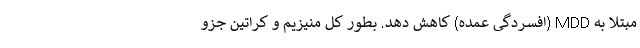
مبتلا به MDD (افسردگی عمده) کاهش دهد. بطور کل منیزیم و کراتین جزو